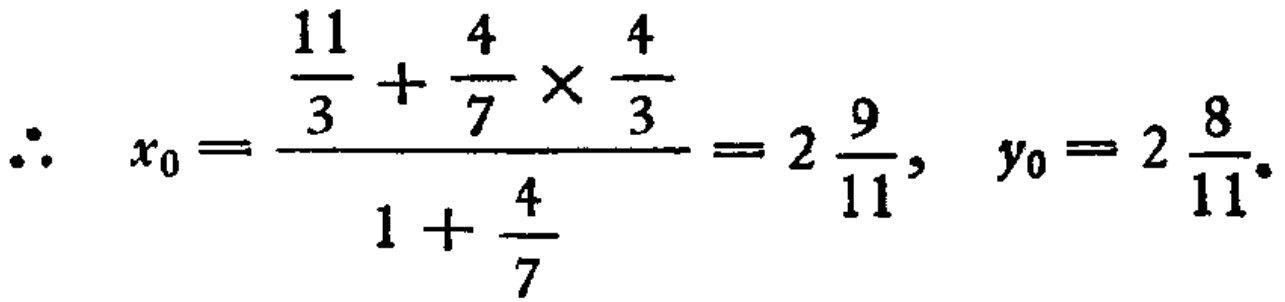
\(\therefore\ x_{0}=\frac{\frac{11}{3}+\frac{4}{7}\times\frac{4}{3}}{1 + \frac{4}{7}}=2\frac{9}{11},\ y_{0}=2\frac{8}{11}.\)